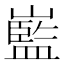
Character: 𡽾